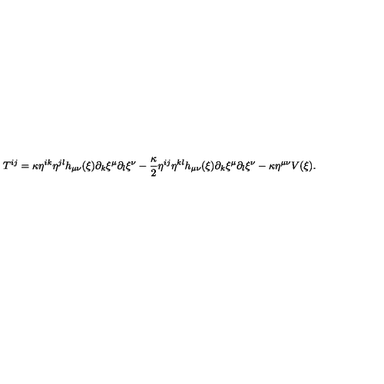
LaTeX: T ^ { i j } = \kappa \eta ^ { i k } \eta ^ { j l } h _ { \mu \nu } ( \xi ) \partial _ { k } \xi ^ { \mu } \partial _ { l } \xi ^ { \nu } - \frac { \kappa } { 2 } \eta ^ { i j } \eta ^ { k l } h _ { \mu \nu } ( \xi ) \partial _ { k } \xi ^ { \mu } \partial _ { l } \xi ^ { \nu } - \kappa \eta ^ { \mu \nu } V ( \xi ) .